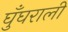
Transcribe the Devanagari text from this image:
घुँघराली